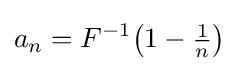
a_{n}=F^{-1}\!\left(1-{\tfrac {1}{n}}\right)